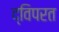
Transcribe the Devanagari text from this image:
द्विपरत